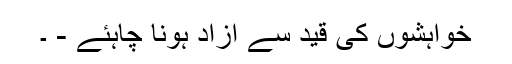
خواہشوں کی قید سے آزاد ہونا چاہئے - ۔